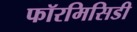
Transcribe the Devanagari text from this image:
फॉरमिसिडी